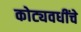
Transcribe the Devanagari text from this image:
कोट्यवधींचे